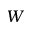
W